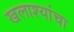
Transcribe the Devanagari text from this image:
खलाश्यांचा